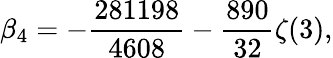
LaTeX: \beta_{4}=-\frac{281198}{4608}-\frac{890}{32}\zeta(3),